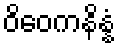
ဝိဝေကနိန္နံ